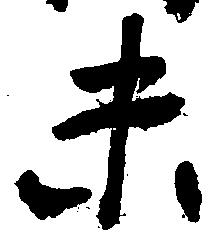
末